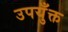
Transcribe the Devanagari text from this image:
उपयुँक्त